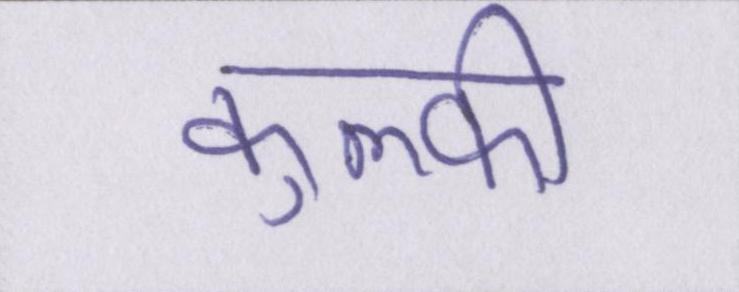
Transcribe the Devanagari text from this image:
कुल्फी